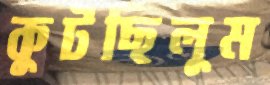
কুটছিলুম